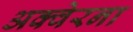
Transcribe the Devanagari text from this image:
अक्वेरना